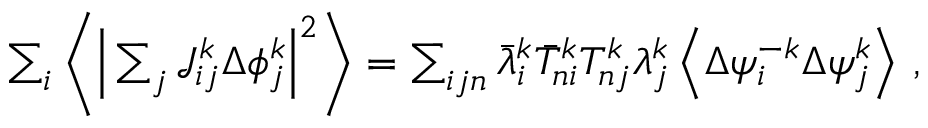
\begin{array} { r } { \sum _ { i } \bigg \langle \Big \vert \sum _ { j } \mathcal { J } _ { i j } ^ { k } \Delta { \phi } _ { j } ^ { k } \Big \vert ^ { 2 } \bigg \rangle = \sum _ { i j n } \bar { \lambda } _ { i } ^ { k } \bar { T } _ { n i } ^ { k } T _ { n j } ^ { k } \lambda _ { j } ^ { k } \left\langle \Delta { \psi } _ { i } ^ { - k } \Delta { \psi } _ { j } ^ { k } \right\rangle \, , } \end{array}